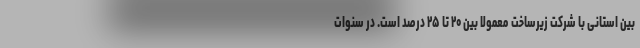
بین استانی با شرکت زیرساخت معمولاً بین ۲۰ تا ۲۵ درصد است. در سنوات